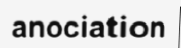
anociation